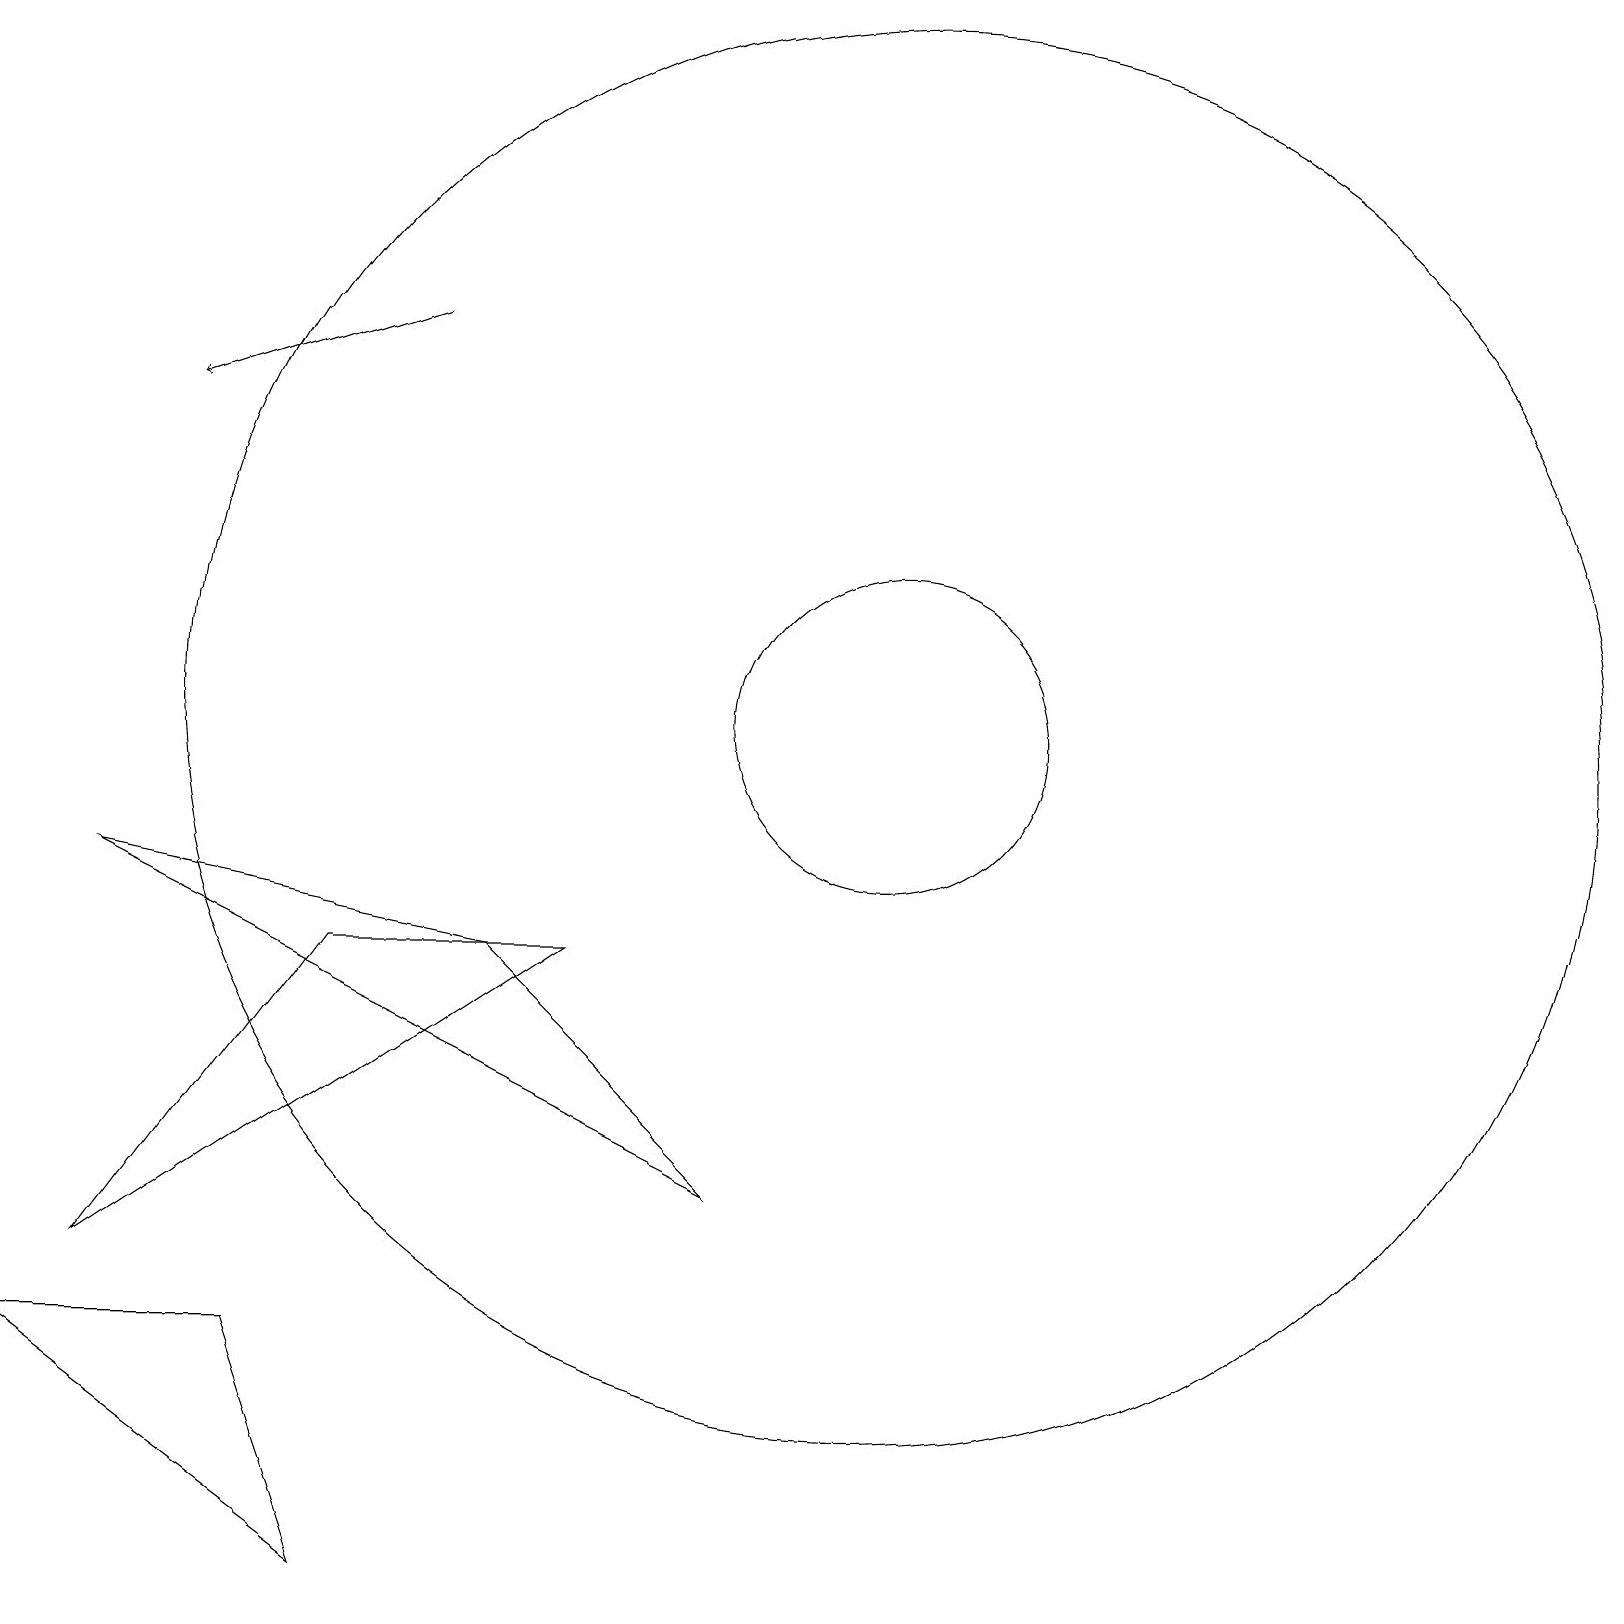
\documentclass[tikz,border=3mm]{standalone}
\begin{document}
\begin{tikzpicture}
\draw (6,8) -- (9,5) -- (1,9) -- cycle;
\draw (11,11) circle (0);
\draw (4,0) -- (0,3) -- (3,3) -- cycle;
\draw (11,11) circle (2);
\draw (11,11) circle (9);
\draw (4,8) -- (1,4) -- (7,8) -- cycle;
\draw[->] (5,16) -- (2,15);
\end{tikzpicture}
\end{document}